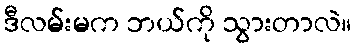
ဒီလမ်းမက ဘယ်ကို သွားတာလဲ။